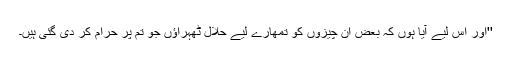
''اور اس لیے آیا ہوں کہ بعض ان چیزوں کو تمھارے لیے حلال ٹھہراؤں جو تم پر حرام کر دی گئی ہیں۔